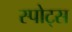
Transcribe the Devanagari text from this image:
स्‍पोट्स